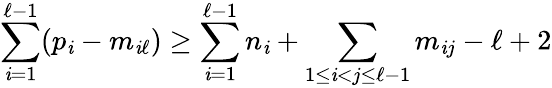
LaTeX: \sum_{\mathit{i}=1}^{\ell-1}(p_{\mathit{i}}-m_{\mathit{i}\ell})\geq\sum_{\mathit{i}=1}^{\ell-1}n_{\mathit{i}}+\sum_{1\leq\mathit{i}<j\leq\ell-1}m_{\mathit{i}j}-\ell+2